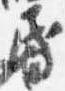
昏